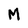
Character: M